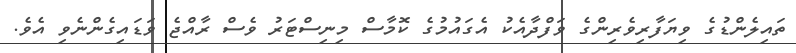
ތައިލެންޑުގެ ވިޔަފާރިވެރިންގެ ވަފްދާއެކު އެގައުމުގެ ކޮމާސް މިނިސްޓަރު ވެސް ރާއްޖެ ވަޑައިގެންނެވި އެވެެ.